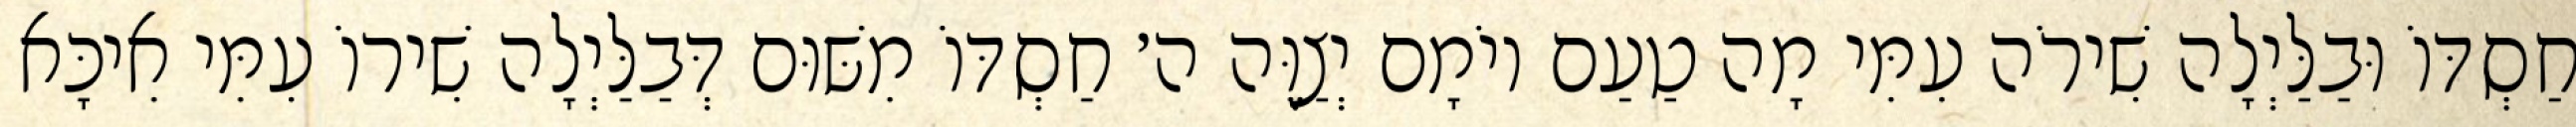
חַסְדּוֹ וּבַלַּיְלָה שִׁירֹה עִמִּי מָה טַעַם יוֹמָם יְצַוֶּה ה׳ חַסְדּוֹ מִשּׁוּם דְּבַלַּיְלָה שִׁירוֹ עִמִּי אִיכָּא